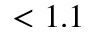
< 1 . 1